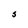
Character: J